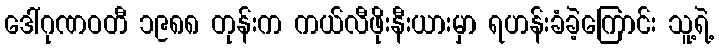
ဒေါ်ဂုဏဝတီ ၁၉၈၈ တုန်းက ကယ်လီဖိုးနီးယားမှာ ရဟန်းခံခဲ့ကြောင်း သူ့ရဲ့